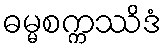
ဓမ္မစက္ကဿိဒံ